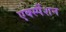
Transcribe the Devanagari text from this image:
एक्स्पैंशन